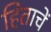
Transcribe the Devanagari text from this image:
हिताचें